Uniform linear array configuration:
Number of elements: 12
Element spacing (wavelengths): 0.25
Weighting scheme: exponential
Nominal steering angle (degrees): -30
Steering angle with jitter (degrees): -28.8
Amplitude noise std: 0.05
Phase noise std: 0.05

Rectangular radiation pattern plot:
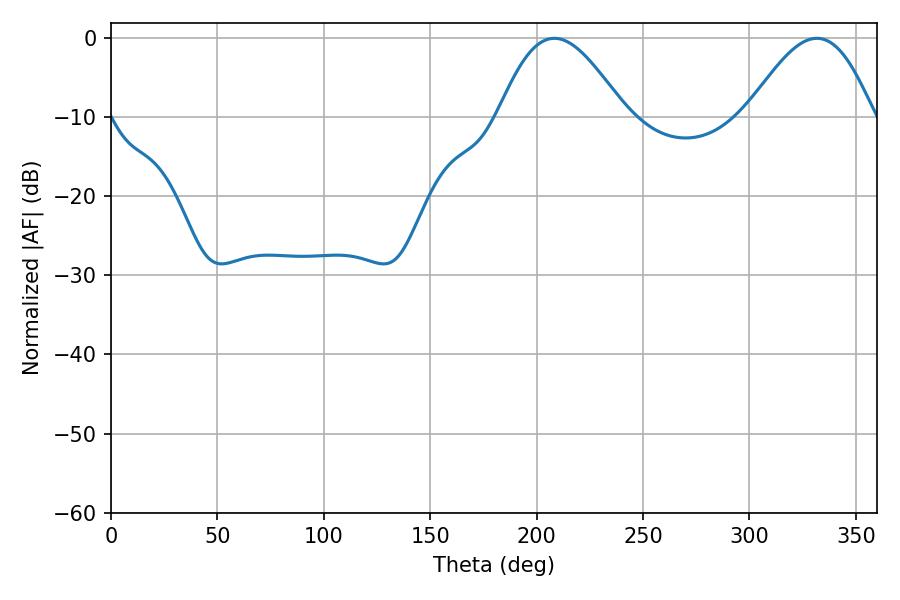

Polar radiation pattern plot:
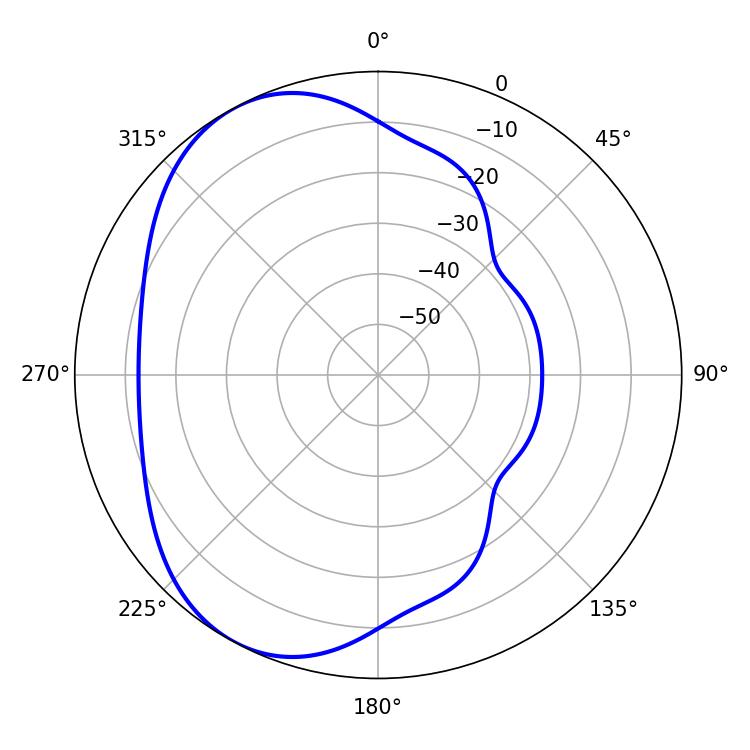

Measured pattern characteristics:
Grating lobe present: FALSE
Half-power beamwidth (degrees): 32.04
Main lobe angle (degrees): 208.26